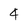
Character: 4